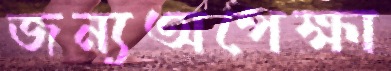
জন্যঅপেক্ষা